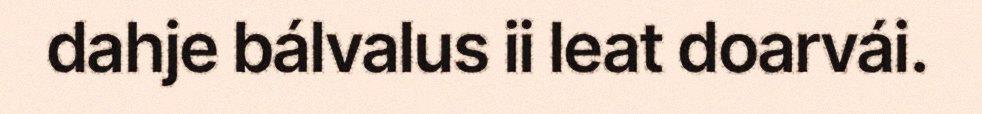
dahje bálvalus ii leat doarvái.